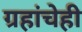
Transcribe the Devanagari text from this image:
ग्रहांचेही